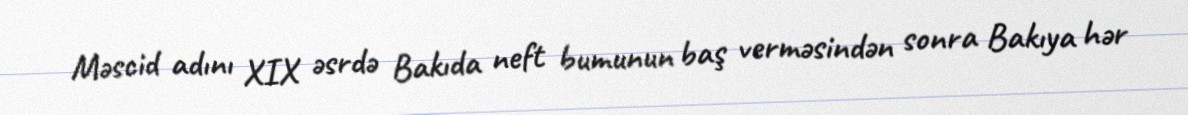
Məscid adını XIX əsrdə Bakıda neft bumunun baş verməsindən sonra Bakıya hər